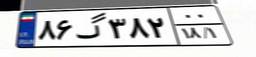
۸۶گ۳۸۲۰۰